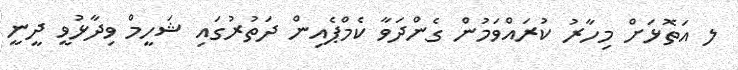
ލ އަތޮޅަށް މިހާރު ކުރައްވަމުން ގެންދަވާ ކެމްޕެއިން ދަތުރުގައި ޝަހީމް ވިދާޅުވީ ދީނީ